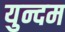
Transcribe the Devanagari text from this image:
युन्दम